Vaccination report Assam 1874-1896 - 1874-1896
Year: 1874
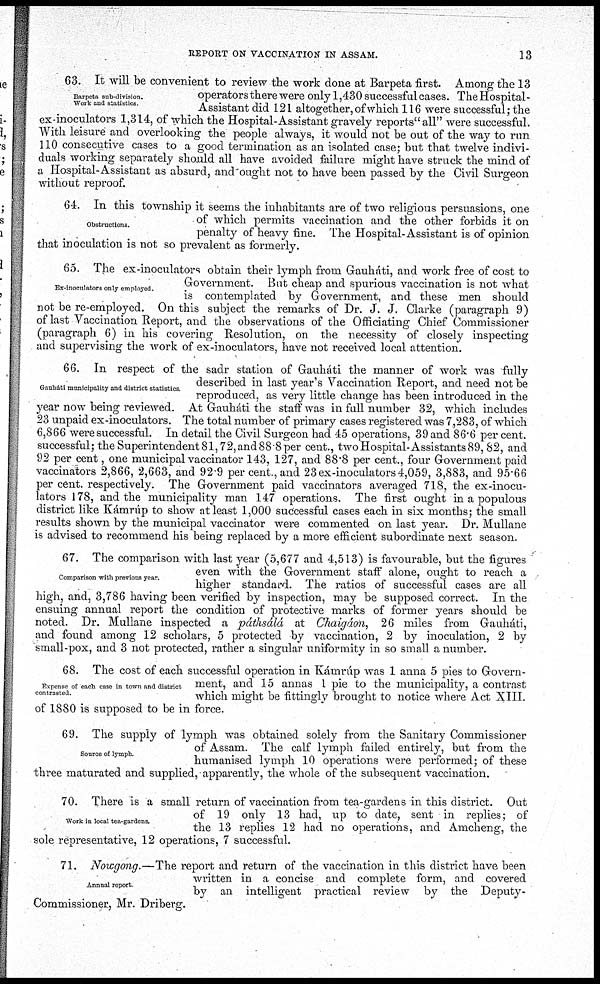
REPORT ON VACCINATION IN ASSAM.
13
Barpeta sub-division.
Work and statistics.
63. It will be convenient to review the work done at Barpeta first. Among the 13
operators there were only 1,430 successful cases. The Hospital-
Assistant did 121 altogether, of which 116 were successful; the
ex-inoculators 1,314, of which the Hospital-Assistant gravely reports" all" were successful.
With leisure and overlooking the people always, it would not be out of the way to run
110 consecutive cases to a good termination as an isolated case; but that twelve indivi-
duals working separately should all have avoided failure might have struck the mind of
a Hospital-Assistant as absurd, and ought not to have been passed by the Civil Surgeon
without reproof.
Obstructions.
64. In this township it seems the inhabitants are of two religious persuasions, one
of which permits vaccination and the other forbids it on
penalty of heavy fine. The Hospital-Assistant is of opinion
that inoculation is not so prevalent as formerly.
Ex-inoculators only employed.
65. The ex-inoculators obtain their lymph from Gauháti, and work free of cost to
Government. But cheap and spurious vaccination is not what
is contemplated by Government, and these men should
not be re-employed. On this subject the remarks of Dr. J. J. Clarke (paragraph 9)
of last Vaccination Report, and the observations of the Officiating Chief Commissioner
(paragraph 6) in his covering Resolution, on the necessity of closely inspecting
and supervising the work of ex-inoculators, have not received local attention.
Gauháti municipality and district statistics.
66. In respect of the sadr station of Gauháti the manner of work was fully
described in last year's Vaccination Report, and need not be
reproduced, as very little change has been introduced in the
year now being reviewed. At Gauháti the staff was in full number 32, which includes
23 unpaid ex-inoculators. The total number of primary cases registered was 7,283, of which
6,866 were successful. In detail the Civil Surgeon had 45 operations, 39 and 86.6 per cent.
successful; the Superintendent 81,72, and 88.8 per cent., two Hospital-Assistants 89, 82, and
92 per cent, one municipal vaccinator 143, 127, and 88.8 per cent., four Government paid
vaccinators 2,866, 2,663, and 92.9 per cent, and 23 ex-inoculators 4,059, 3,883, and 95.66
per cent. respectively. The Government paid vaccinators averaged 718, the ex-inocu-
lators 178, and the municipality man 147 operations. The first ought in a populous
district like Kámrúp to show at least 1,000 successful cases each in six months; the small
results shown by the municipal vaccinator were commented on last year. Dr. Mullane
is advised to recommend his being replaced by a more efficient subordinate next season.
Comparison with previous year.
67. The comparison with last year (5,677 and 4,513) is favourable, but the figures
even with the Government staff alone, ought to reach a
higher standard. The ratios of successful cases are all
high, and, 3,786 having been verified by inspection, may be supposed correct. In the
ensuing annual report the condition of protective marks of former years should be
noted. Dr. Mullane inspected a páthsálá at Chaigáon, 26 miles from Gauháti,
and found among 12 scholars, 5 protected by vaccination, 2 by inoculation, 2 by
small-pox, and 3 not protected, rather a singular uniformity in so small a number.
Expense of each case in town and district
contrasted.
68. The cost of each successful operation in Kámrúp was 1 anna 5 pies to Govern-
ment, and 15 annas I pie to the municipality, a contrast
which might be fittingly brought to notice where Act XIII.
of 1880 is supposed to be in force.
Source of lymph.
69. The supply of lymph was obtained solely from the Sanitary Commissioner
of Assam. The calf lymph failed entirely, but from the
humanised lymph 10 operations were performed; of these
three maturated and supplied, apparently, the whole of the subsequent vaccination.
Work in local tea-gardens.
70. There is a small return of vaccination from tea-gardens in this district. Out
of 19 only 13 had, up to date, sent in replies; of
the 13 replies 12 had no operations, and Amcheng, the
sole representative, 12 operations, 7 successful.
Annual report.
71. Nowgong.—The report and return of the vaccination in this district have been
written in a concise and complete form, and covered
by an intelligent practical review by the Deputy-
Commissioner, Mr. Driberg.